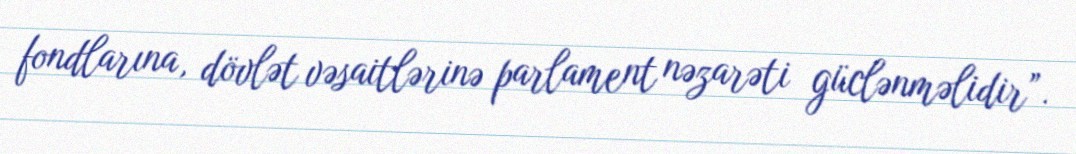
fondlarına, dövlət vəsaitlərinə parlament nəzarəti güclənməlidir”.